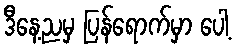
ဒီနေ့ညမှ ပြန်ရောက်မှာ ပေါ့